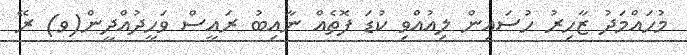
މުހައްމަދު ޒާހިރު ހުސައިން ލިއުއްވި ކުޑަ ފޮތެއް ނާއިބު ރައީސް ވަހީދުއްދީން(ވ) ރޭ